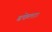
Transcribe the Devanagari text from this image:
ढकेला।